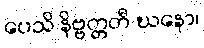
ပေသိ နိဗ္ဗတ္တတီ ဃနော၊